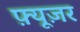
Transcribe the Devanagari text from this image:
फ़्यूज़र